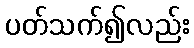
ပတ်သက်၍လည်း